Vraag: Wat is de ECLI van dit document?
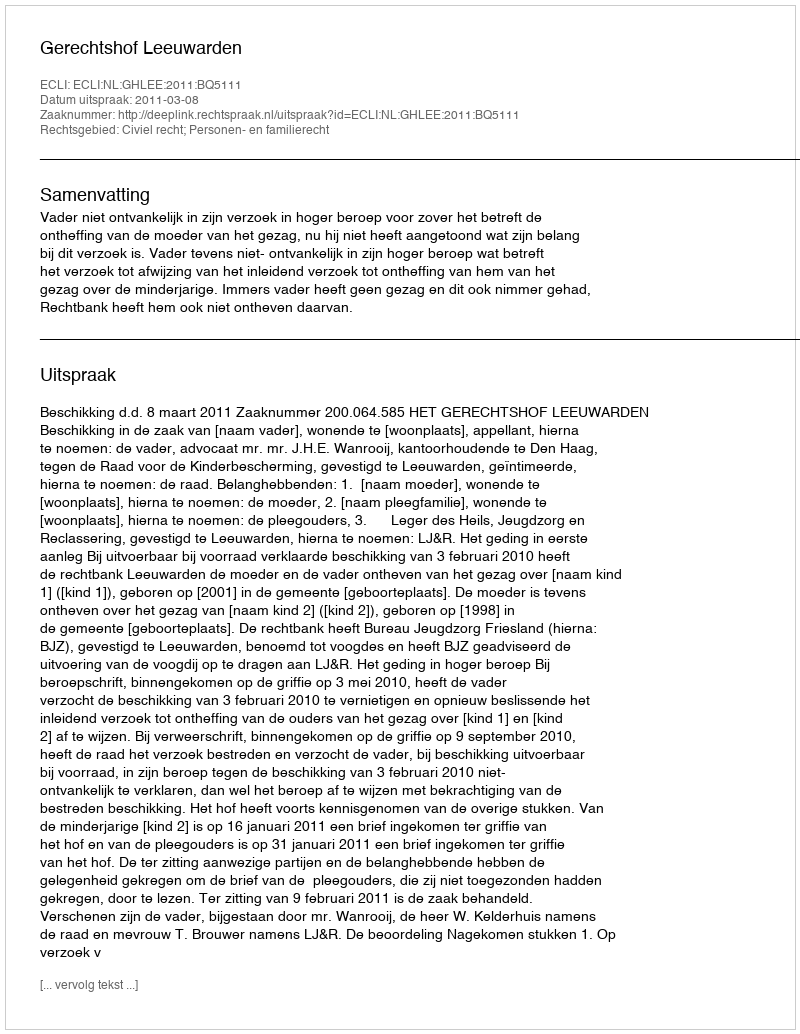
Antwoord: ECLI:NL:GHLEE:2011:BQ5111